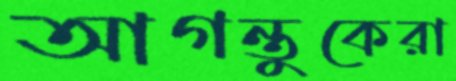
আগন্তুকেরা